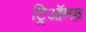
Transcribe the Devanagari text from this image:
ट्रिऑम्फ़